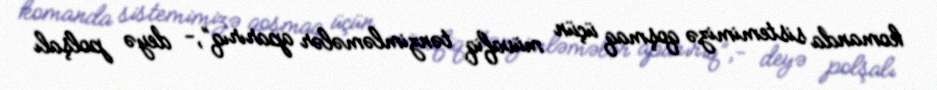
komanda sistemimizə qoşmaq üçün müvafiq tənzimləmələr aparırıq”,- deyə polşalı